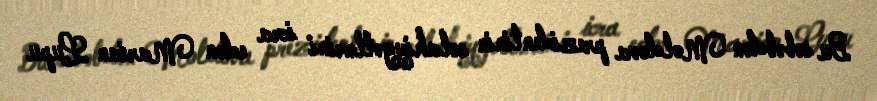
Bu səbəbdən Moldova prezidentinin səlahiyyətlərini icra edən Marian Lupu